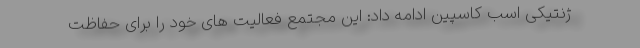
ژنتیکی اسب کاسپین ادامه داد: این مجتمع فعالیت های خود را برای حفاظت